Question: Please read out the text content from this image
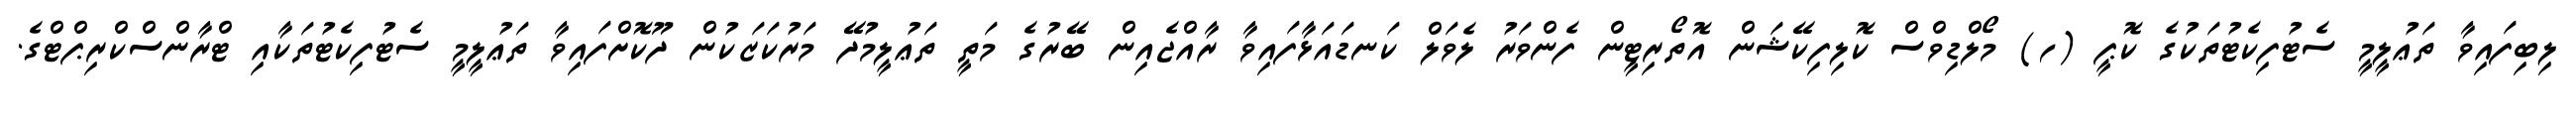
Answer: ލިބިފައިވާ ތަޢުލީމީ ސެޓުފިކެޓުތަކުގެ ކޮޕީ (ހ) މޯލްޑިވްސް ކޮލިފިކޭޝަން އޮތޯރިޓީން ފެންވަރު ލެވަލް ކަނޑައަޅާފައިވާ ރާއްޖެއިން ބޭރުގެ މަތީ ތަޢުލީމުދޭ މަރުކަޒަކުން ދޫކޮށްފައިވާ ތަޢުލީމީ ސެޓުފިކެޓުތަކާއި ޓްރާންސްކްރިޕްޓްގެ.